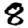
Digit: 8